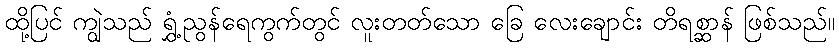
ထို့ပြင် ကျွဲသည် ရွှံ့ညွန်ရေကွက်တွင် လူးတတ်သော ခြေ လေးချောင်း တိရစ္ဆာန် ဖြစ်သည်။